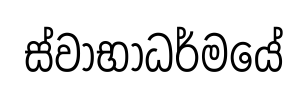
ස්වාභාධර්මයේ